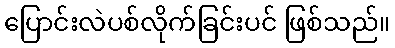
ပြောင်းလဲပစ်လိုက်ခြင်းပင် ဖြစ်သည်။